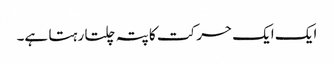
ایک ایک حرکت کا پتہ چلتا رہتا ہے۔